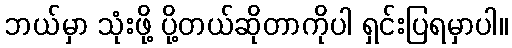
ဘယ်မှာ သုံးဖို့ ပို့တယ်ဆိုတာကိုပါ ရှင်းပြရမှာပါ။